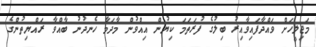
މަޖިލީހަށް ވައްދާފައިވާއިރު ބިލުގެ ފުރަތަމަ ކިޔުން އިއްވުން މާދަމާ ހެނދުނު ބާއްވާ ރައްޔިތުންގެ